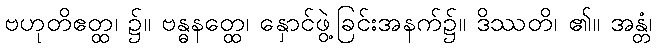
ဗဟုတိဧတ္ထ၊ ၌။ ဗန္ဓနတ္ထေ၊ နှောင်ဖွဲ့ခြင်းအနက်၌။ ဒိဿတိ၊ ၏။ အန္တံ၊